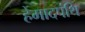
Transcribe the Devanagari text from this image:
हेमादपंथि